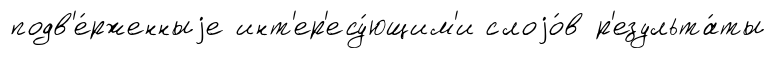
подв'е́рженныjе инт'ер'есу́ющим'и слоjо́в р'езульта́ты